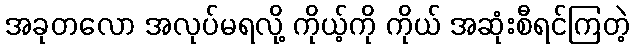
အခုတလော အလုပ်မရလို့ ကိုယ့်ကို ကိုယ် အဆုံးစီရင်ကြတဲ့